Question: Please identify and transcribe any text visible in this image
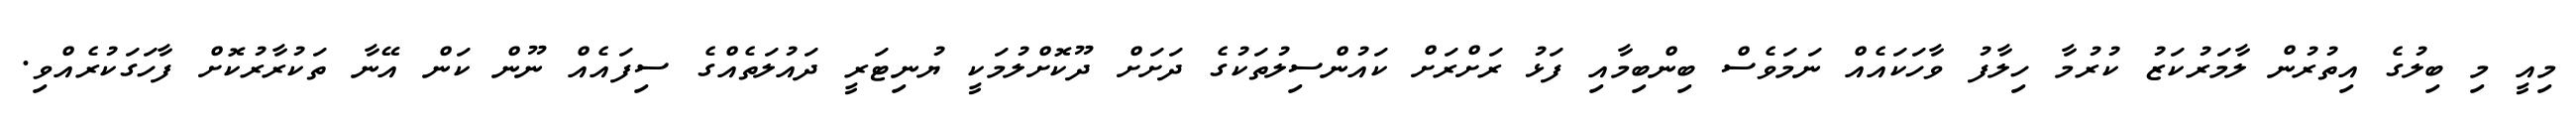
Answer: މިއީ މި ބިލުގެ އިތުރުން ލާމަރުކަޒު ކުރުމާ ހިލާފު ވާހަކައެއް ނަމަވެސް ބިންބިމާއި ފަޅު ރަށްރަށް ކައުންސިލުތަކުގެ ދަށަށް ދޫކޮށްލުމަކީ ޔުނިޓަރީ ދައުލަތެއްގެ ސިފައެއް ނޫން ކަން އޭނާ ތަކުރާރުކޮށް ފާހަގަކުރެއްވި.